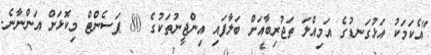
"އެކަމަކު އަޅުގަނޑުގެ އަމިއްލަ ތަޖުރިބާއަށް ބަލާފައި އިންޖީނުތަކުގެ 80 ޕަސެންޓް މިކޮޅަށް އަންނާނެ.